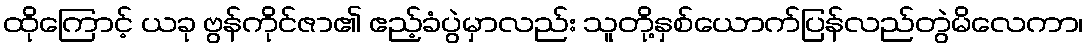
ထိုကြောင့် ယခု ဗွန်ကိုင်ဇာ၏ ဧည့်ခံပွဲမှာလည်း သူတို့နှစ်ယောက်ပြန်လည်တွဲမိလေကာ၊